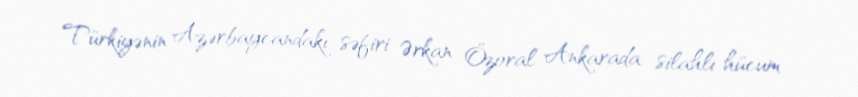
Türkiyənin Azərbaycandakı səfiri Ərkan Özoral Ankarada silahlı hücum